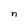
Character: n